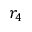
r _ { 4 }